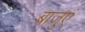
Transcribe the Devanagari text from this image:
बाजुएं